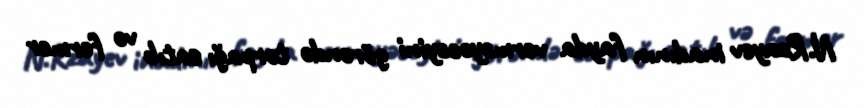
N.Rzayev inadının fayda verməyəcəyini görəndə torpağı satıb və fermer